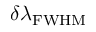
\delta \lambda _ { \mathrm { F W H M } }